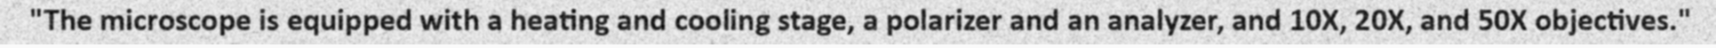
"The microscope is equipped with a heating and cooling stage, a polarizer and an analyzer, and 10X, 20X, and 50X objectives."